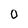
Character: 0